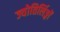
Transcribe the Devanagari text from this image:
ज्योतिर्लिङ्गों